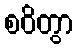
စဝိတွာ